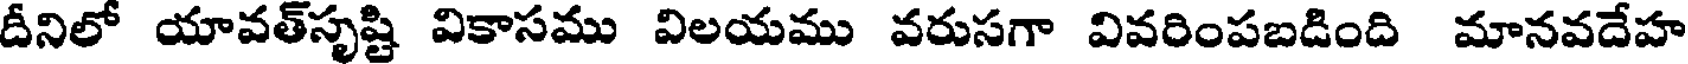
దీనిలో యావత్సృష్టి వికాసము విలయము వరుసగా వివరింపబడింది మానవదేహ